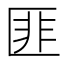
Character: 匪